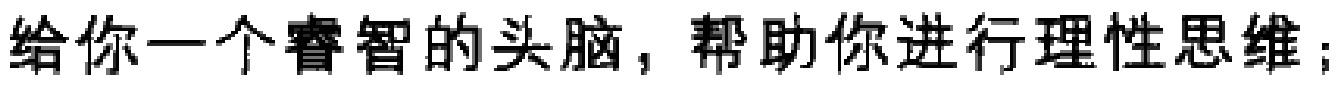
给你一个睿智的头脑，帮助你进行理性思维；